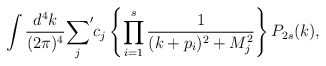
\begin{align*}\int{d^4k\over (2\pi)^4}{\sum_j}^\prime c_j \left\{\prod_{i=1}^s{1\over(k+p_i)^2+M_j^2}\right\}P_{2s}(k),\end{align*}